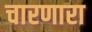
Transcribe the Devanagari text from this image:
चारणारा